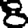
Digit: 8